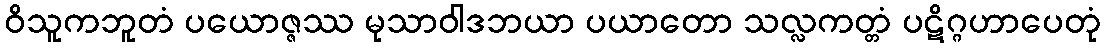
ဝိသူကဘူတံ ပယောဇ္ဇဿ မုသာဝါဒဘယာ ပယာတော သလ္လကတ္တံ ပဋိဂ္ဂဟာပေတုံ